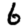
Digit: 6